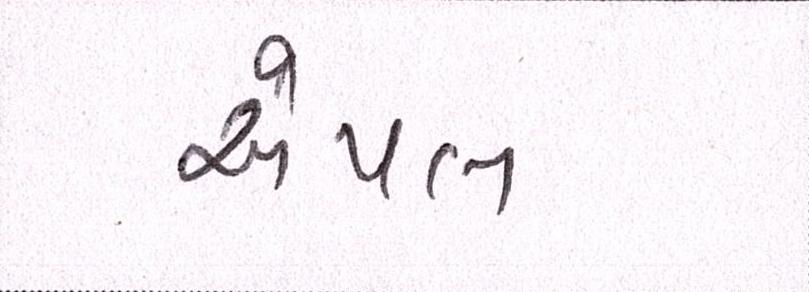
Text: એપલ